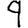
Digit: 9